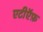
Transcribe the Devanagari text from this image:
एटीऍफ़